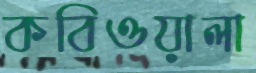
কবিওয়ালা